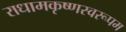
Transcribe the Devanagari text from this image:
राधामकृष्णस्वरूपम